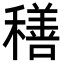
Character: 𮃬